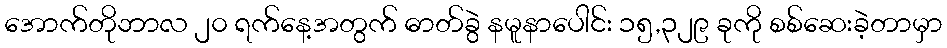
အောက်တိုဘာလ ၂၀ ရက်နေ့အတွက် ဓာတ်ခွဲ နမူနာပေါင်း ၁၅,၃၂၉ ခုကို စစ်ဆေးခဲ့တာမှာ